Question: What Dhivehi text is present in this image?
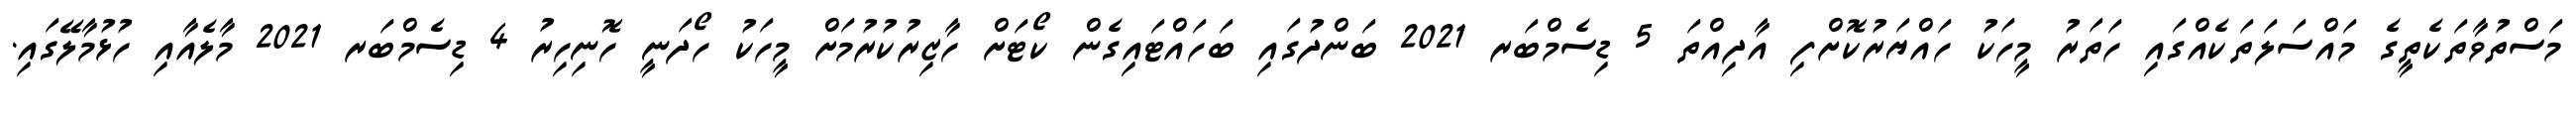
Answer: މަސްތުވާތަކެތީގެ މައްސަލަތަކެއްގައި ހަތަރު މީހަކު ހައްޔަރުކޮށްފި އާދިއްތަ 5 ޑިސެމްބަރ 2021 ބަންދުގައި ބަހައްޓައިގެން ކޯޓަށް ހާޒިރުކުރުމަށް މީހަކު ހޯދަނީ ހޮނިހިރު 4 ޑިސެމްބަރ 2021 މާލެއާއި ހުޅުމާލޭގައި.